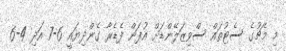
މި މެޗުގެ ސެޓުތައް ސްވިޒަލޭންޑަށް އުފަން ފެޑެރާ ގެންދިޔައީ 6-7 އަދި 4-6